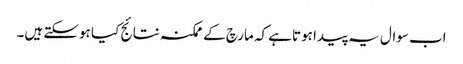
اب سوال یہ پیدا ہوتاہے کہ مارچ کے ممکنہ نتائج کیا ہوسکتے ہیں۔